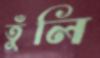
তুঁলি